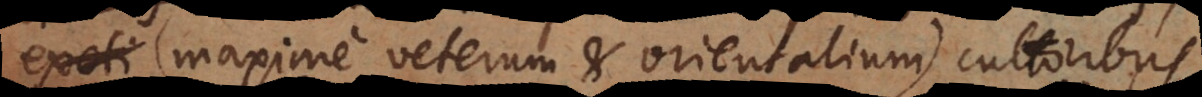
exoti (maxime veterum et orientalium) cultoribus,